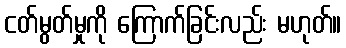
ငတ်မွတ်မှုကို ကြောက်ခြင်းလည်း မဟုတ်။